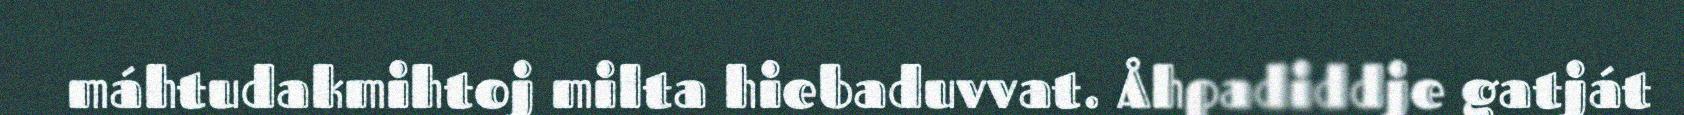
máhtudakmihtoj milta hiebaduvvat. Åhpadiddje gatját